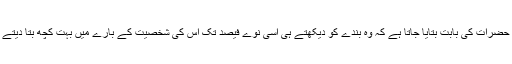
کئی حضرات کی بابت بتایا جاتا ہے کہ وہ بندے کو دیکھتے ہی اسّی نوّے فیصد تک اس کی شخصیت کے بارے میں بہت کچھ بتا دیتے ہیں۔